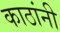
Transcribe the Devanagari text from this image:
काठांनी